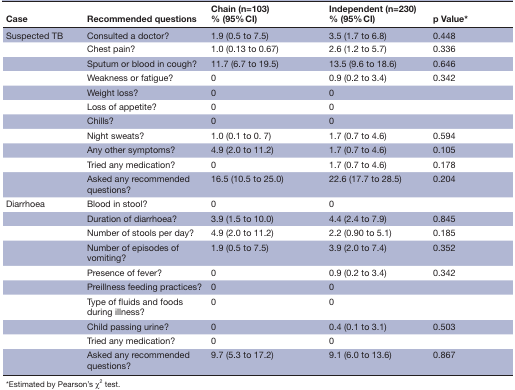
| Case | Recommended questions | Chain (n=103) % (95% CI) | Independent (n=230) % (95% CI) | p Value* |
 | --- | --- | --- | --- | --- |
 | Suspected TB | Consulted a doctor? | 1.9 (0.5 to 7.5) | 3.5 (1.7 to 6.8) | 0.448 |
 |  | Chest pain? | 1.0 (0.13 to 0.67) | 2.6 (1.2 to 5.7) | 0.336 |
 |  | Sputum or blood in cough? | 11.7 (6.7 to 19.5) | 13.5 (9.6 to 18.6) | 0.646 |
 |  | Weakness or fatigue? | 0 | 0.9 (0.2 to 3.4) | 0.342 |
 |  | Weight loss? | 0 | 0 |  |
 |  | Loss of appetite? | 0 | 0 |  |
 |  | Chills? | 0 | 0 |  |
 |  | Night sweats? | 1.0 (0.1 to 0. 7) | 1.7 (0.7 to 4.6) | 0.594 |
 |  | Any other symptoms? | 4.9 (2.0 to 11.2) | 1.7 (0.7 to 4.6) | 0.105 |
 |  | Tried any medication? | 0 | 1.7 (0.7 to 4.6) | 0.178 |
 |  | Asked any recommended questions? | 16.5 (10.5 to 25.0) | 22.6 (17.7 to 28.5) | 0.204 |
 | Diarrhoea | Blood in stool? | 0 | 0 |  |
 |  | Duration of diarrhoea? | 3.9 (1.5 to 10.0) | 4.4 (2.4 to 7.9) | 0.845 |
 |  | Number of stools per day? | 4.9 (2.0 to 11.2) | 2.2 (0.90 to 5.1) | 0.185 |
 |  | Number of episodes of vomiting? | 1.9 (0.5 to 7.5) | 3.9 (2.0 to 7.4) | 0.352 |
 |  | Presence of fever? | 0 | 0.9 (0.2 to 3.4) | 0.342 |
 |  | Preillness feeding practices? | 0 | 0 |  |
 |  | Type of fluids and foods during illness? | 0 | 0 |  |
 |  | Child passing urine? | 0 | 0.4 (0.1 to 3.1) | 0.503 |
 |  | Tried any medication? | 0 | 0 |  |
 |  | Asked any recommended questions? | 9.7 (5.3 to 17.2) | 9.1 (6.0 to 13.6) | 0.867 |